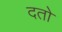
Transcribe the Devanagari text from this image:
दतो